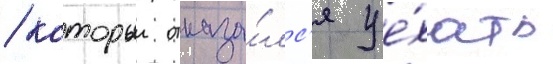
/ которыи отказа́лс'я уе́хать